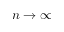
n \to \infty